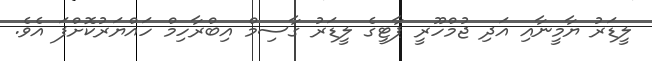
ލީޑަރު ޔާމީނާއި އަދި ޖުމްހޫރީ ޕާޓީގެ ލީޑަރު ގާސިމް އިބްރާހިމް ހައްޔަރުކޮށްފަ އެވެ.